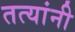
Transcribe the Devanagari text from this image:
तत्यांनी